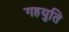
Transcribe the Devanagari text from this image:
गहयुति